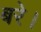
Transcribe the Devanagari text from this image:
बरे।